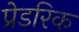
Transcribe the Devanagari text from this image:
प्रेडरिक